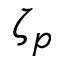
\zeta _ { p }